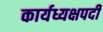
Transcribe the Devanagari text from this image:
कार्यध्यक्षपदी